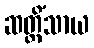
ဆတ္တိံသာယ